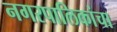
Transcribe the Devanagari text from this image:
नगरपालिकांचा